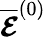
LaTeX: \overline{{\boldsymbol{\mathcal{E}}}}^{(0)}